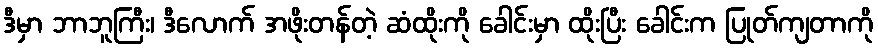
ဒီမှာ ဘာဘူကြီး၊ ဒီလောက် အဖိုးတန်တဲ့ ဆံထိုးကို ခေါင်းမှာ ထိုးပြီး ခေါင်းက ပြုတ်ကျတာကို